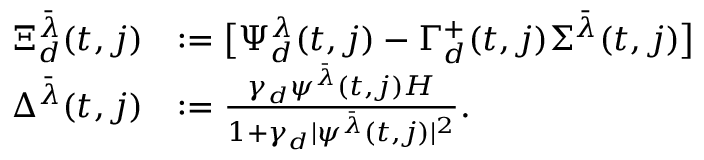
\begin{array} { r l } { \Xi _ { d } ^ { \bar { \lambda } } ( t , j ) } & { : = \big [ \Psi _ { d } ^ { \lambda } ( t , j ) - \Gamma _ { d } ^ { + } ( t , j ) \Sigma ^ { \bar { \lambda } } ( t , j ) \big ] } \\ { \Delta ^ { \bar { \lambda } } ( t , j ) } & { : = \frac { \gamma _ { d } \psi ^ { \bar { \lambda } } ( t , j ) H } { 1 + \gamma _ { d } | \psi ^ { \bar { \lambda } } ( t , j ) | ^ { 2 } } . } \end{array}